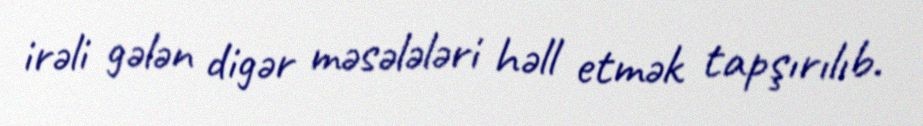
irəli gələn digər məsələləri həll etmək tapşırılıb.